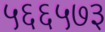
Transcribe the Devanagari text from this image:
५६६५७३